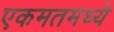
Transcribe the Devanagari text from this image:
एकमतमध्ये